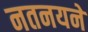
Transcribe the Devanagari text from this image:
नतनयने